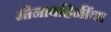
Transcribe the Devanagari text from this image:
मीनावहिनींचा